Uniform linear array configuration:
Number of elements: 64
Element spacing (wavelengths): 1
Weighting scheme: hann
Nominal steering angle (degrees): -60
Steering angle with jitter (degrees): -59.12
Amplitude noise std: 0.05
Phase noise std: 0.05

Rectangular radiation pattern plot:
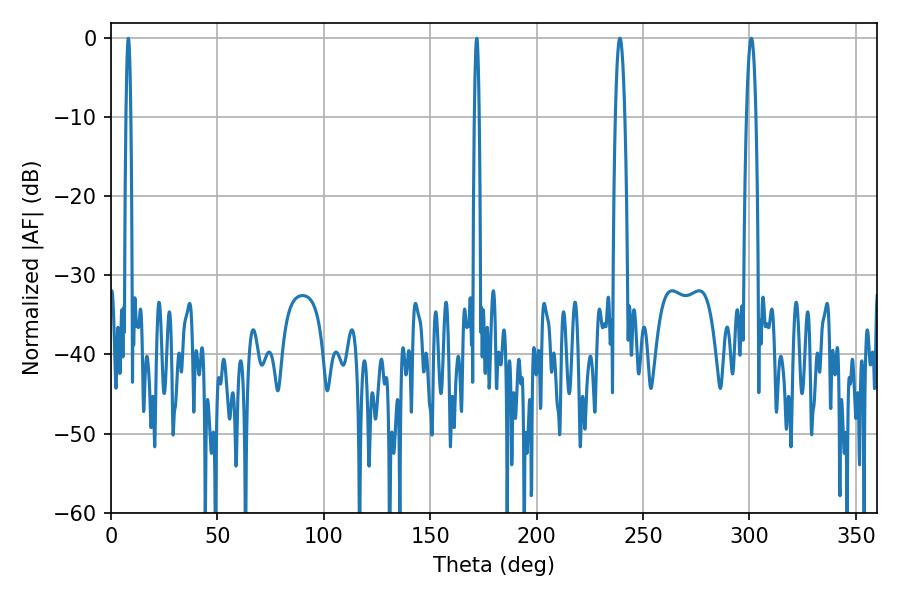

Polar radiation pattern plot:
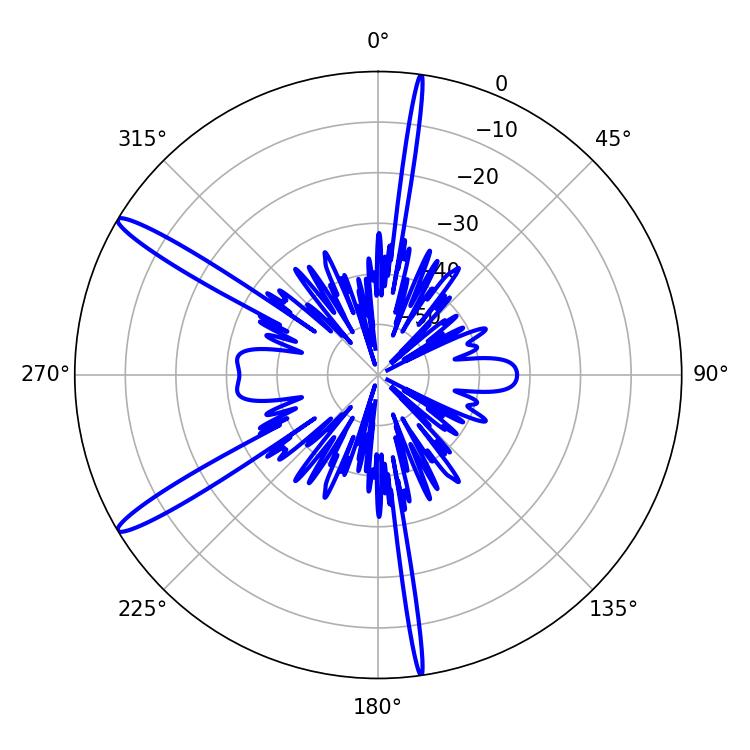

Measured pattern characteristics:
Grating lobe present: TRUE
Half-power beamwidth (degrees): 2.34
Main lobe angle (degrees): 300.96